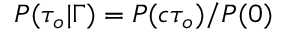
P ( \tau _ { o } \vert \Gamma ) = P ( c \tau _ { o } ) / P ( 0 )